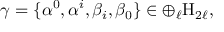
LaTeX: \gamma = \{ \alpha ^ { 0 } , \alpha ^ { i } , \beta _ { i } , \beta _ { 0 } \} \in \oplus _ { \ell } \mathrm { H } _ { 2 \ell } ,